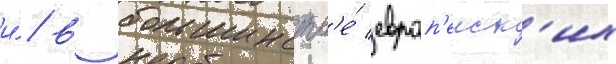
и́/ в большинств'е́ европ'еиск'их